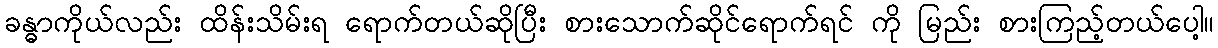
ခန္ဓာကိုယ်လည်း ထိန်းသိမ်းရ ရောက်တယ်ဆိုပြီး စားသောက်ဆိုင်ရောက်ရင် ကို မြည်း စားကြည့်တယ်ပေါ့။